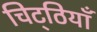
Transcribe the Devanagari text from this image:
चिट्‌ठियाँ